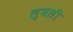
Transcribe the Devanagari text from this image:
ल्वली